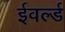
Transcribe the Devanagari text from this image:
ईवर्ल्ड